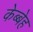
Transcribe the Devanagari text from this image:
केब्बेह